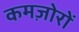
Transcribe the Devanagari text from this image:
कमज़ोरों